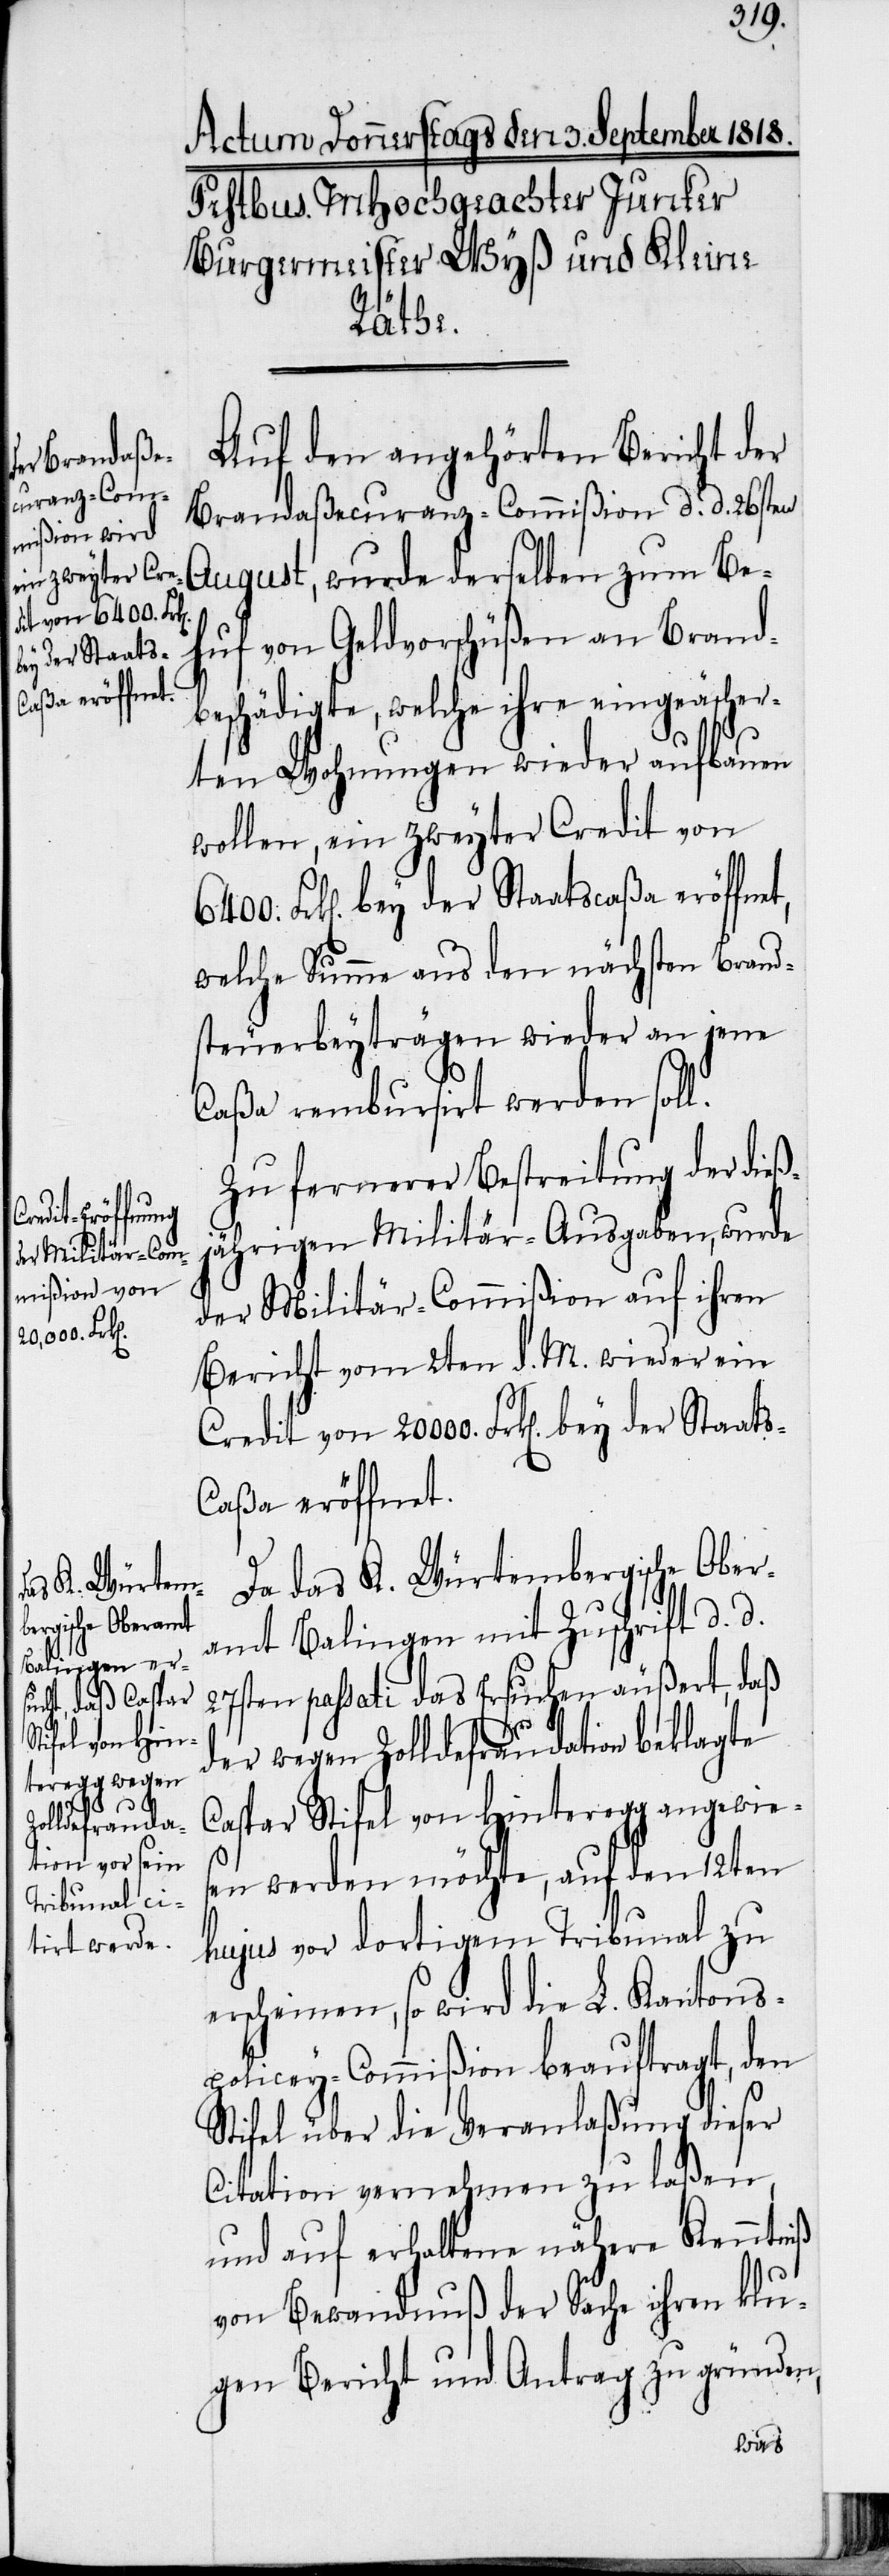
bey der Staats-C¬
caßa eröffnet,
20000.

Auf den angehörten Bericht der
Brandaßecuranz-Commißion d. d. 26sten
August, wurde derselben zum Be¬
huf von Geldvorschüßen an Brand¬
beschädigte, welche ihre eingeäscher¬
ten Wohnungen wieder aufbauen
wollen, ein zweyter Credit von
welche Summe aus den nächsten Brand¬
steuerbeyträgen wieder an jene
Caßa rembursirt werden soll.
Zu fernerer Bestreitung der dieß¬
jährigen Militär-Ausgaben, wurde
der Militär-Commißion auf ihren
Bericht vom 2ten d. M. wieder ein
aßa eröffnet.
Da das K. Würtembergische Ober¬
amt Balingen mit Zuschrift d. d.
27sten passati das Ersuchen äußert, daß
der wegen Zolldefraudation beklagte
Caspar Stifel von Hinteregg angewie¬
sen werden möchte, auf den 12ten
hujus vor dortigem Tribunal zu
erscheinen, so wird die L. Kantons¬
policey-Commißion beauftragt, den
Stifel über die Veranlaßung dieser
Citation vernehmen zu laßen,
und auf erhaltene nähere Kenntniß
von Bewandnuß der Sache ihren klu¬
gen Bericht und Antrag zu gründen,